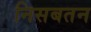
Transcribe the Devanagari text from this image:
निसबतन